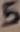
Text: 5